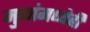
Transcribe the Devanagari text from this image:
मुळांमध्येही